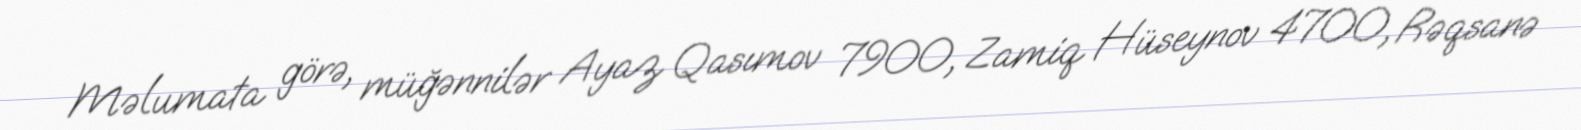
Məlumata görə, müğənnilər Ayaz Qasımov 7900, Zamiq Hüseynov 4700, Rəqsanə